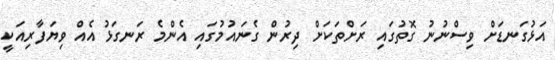
އަޅުގަނޑަށް ވިސްނުނު ގޮތުގައި ރަށްތަކަށް ދިރުން ގެނައުމުގައި އެންމެ ރަނގަޅު އެއް ވިޔަފާރިއަކީ